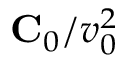
{ \bf C } _ { 0 } / v _ { 0 } ^ { 2 }